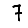
Digit: 7